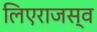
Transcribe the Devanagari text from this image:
लिएराजस्व